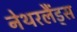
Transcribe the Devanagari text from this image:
नेथरलैंड्स